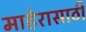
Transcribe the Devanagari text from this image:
माहेरासाठी